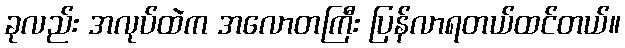
ခုလည်း အလုပ်ထဲက အလောတကြီး ပြန်လာရတယ်ထင်တယ်။